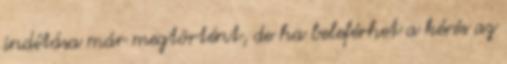
indítása már megtörtént, de ha beleférhet a kérés az